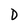
Character: D